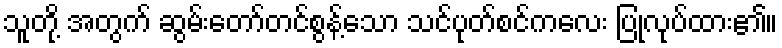
သူတို့ အတွက် ဆွမ်းတော်တင်စွန့်သော သင်ပုတ်စင်ကလေး ပြုလုပ်ထား၏။